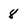
Character: 8